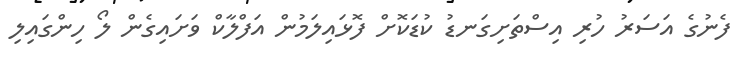
ފެނުގެ އަސަރު ހުރި އިސްތަށިގަނޑު ކުޑަކޮށް ފޮޅައިލަމުން އަފްލާކް ވަށައިގެން ލޯ ހިންގައިލި